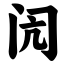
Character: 闶